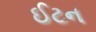
ઈટન